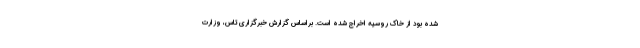
شده بود از خاک روسیه اخراج شده است. براساس گزارش خبرگزاری تاس، وزارت